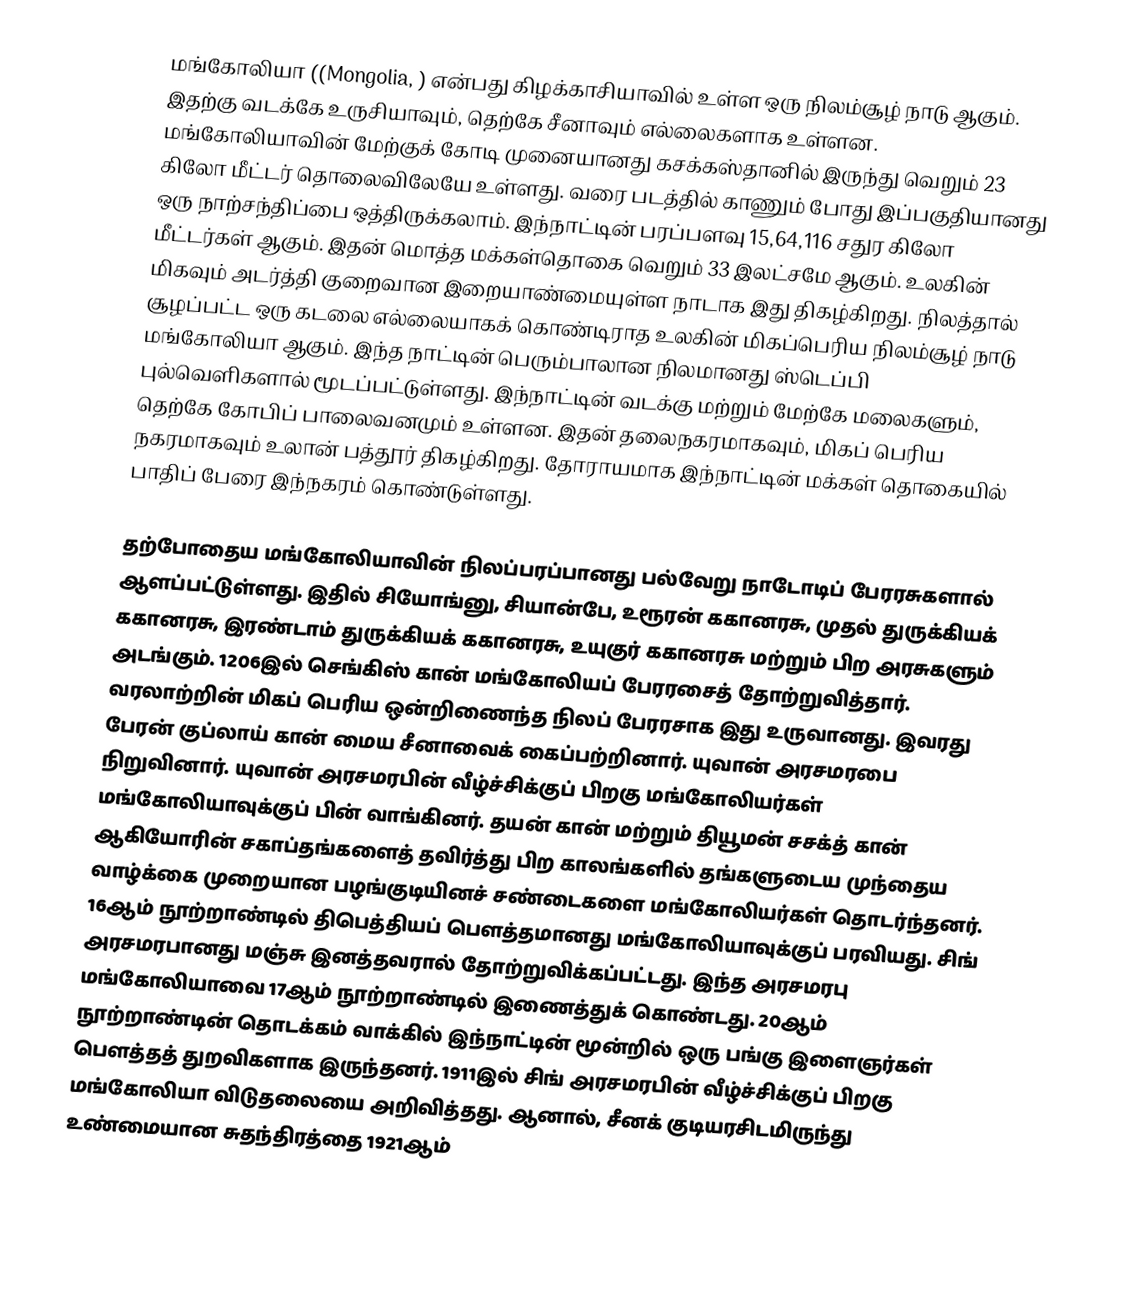
மங்கோலியா ((Mongolia,  ) என்பது கிழக்காசியாவில் உள்ள ஒரு நிலம்சூழ் நாடு ஆகும். இதற்கு வடக்கே உருசியாவும், தெற்கே சீனாவும் எல்லைகளாக உள்ளன. மங்கோலியாவின் மேற்குக் கோடி முனையானது கசக்கஸ்தானில் இருந்து வெறும் 23 கிலோ மீட்டர் தொலைவிலேயே உள்ளது. வரை படத்தில் காணும் போது இப்பகுதியானது ஒரு நாற்சந்திப்பை ஒத்திருக்கலாம். இந்நாட்டின் பரப்பளவு 15,64,116 சதுர கிலோ மீட்டர்கள் ஆகும். இதன் மொத்த மக்கள்தொகை வெறும் 33 இலட்சமே ஆகும். உலகின் மிகவும் அடர்த்தி குறைவான இறையாண்மையுள்ள நாடாக இது திகழ்கிறது. நிலத்தால் சூழப்பட்ட ஒரு கடலை எல்லையாகக் கொண்டிராத உலகின் மிகப்பெரிய நிலம்சூழ் நாடு மங்கோலியா ஆகும். இந்த நாட்டின் பெரும்பாலான நிலமானது ஸ்டெப்பி புல்வெளிகளால் மூடப்பட்டுள்ளது. இந்நாட்டின் வடக்கு மற்றும் மேற்கே மலைகளும், தெற்கே கோபிப் பாலைவனமும் உள்ளன. இதன் தலைநகரமாகவும், மிகப் பெரிய நகரமாகவும் உலான் பத்தூர் திகழ்கிறது. தோராயமாக இந்நாட்டின் மக்கள் தொகையில் பாதிப் பேரை இந்நகரம் கொண்டுள்ளது.

தற்போதைய மங்கோலியாவின் நிலப்பரப்பானது பல்வேறு நாடோடிப் பேரரசுகளால் ஆளப்பட்டுள்ளது. இதில் சியோங்னு, சியான்பே, உரூரன் ககானரசு, முதல் துருக்கியக் ககானரசு, இரண்டாம் துருக்கியக் ககானரசு, உயுகுர் ககானரசு மற்றும் பிற அரசுகளும் அடங்கும். 1206இல் செங்கிஸ் கான் மங்கோலியப் பேரரசைத் தோற்றுவித்தார். வரலாற்றின் மிகப் பெரிய ஒன்றிணைந்த நிலப் பேரரசாக இது உருவானது. இவரது பேரன் குப்லாய் கான் மைய சீனாவைக் கைப்பற்றினார். யுவான் அரசமரபை நிறுவினார். யுவான் அரசமரபின் வீழ்ச்சிக்குப் பிறகு மங்கோலியர்கள் மங்கோலியாவுக்குப் பின் வாங்கினர். தயன் கான் மற்றும் தியூமன் சசக்த் கான் ஆகியோரின் சகாப்தங்களைத் தவிர்த்து பிற காலங்களில் தங்களுடைய முந்தைய வாழ்க்கை முறையான பழங்குடியினச் சண்டைகளை மங்கோலியர்கள் தொடர்ந்தனர். 16ஆம் நூற்றாண்டில் திபெத்தியப் பௌத்தமானது மங்கோலியாவுக்குப் பரவியது. சிங் அரசமரபானது மஞ்சு இனத்தவரால் தோற்றுவிக்கப்பட்டது. இந்த அரசமரபு மங்கோலியாவை 17ஆம் நூற்றாண்டில் இணைத்துக் கொண்டது. 20ஆம் நூற்றாண்டின் தொடக்கம் வாக்கில் இந்நாட்டின் மூன்றில் ஒரு பங்கு இளைஞர்கள் பௌத்தத் துறவிகளாக இருந்தனர். 1911இல் சிங் அரசமரபின் வீழ்ச்சிக்குப் பிறகு மங்கோலியா விடுதலையை அறிவித்தது. ஆனால், சீனக் குடியரசிடமிருந்து உண்மையான சுதந்திரத்தை 1921ஆம்